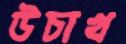
উচাখ